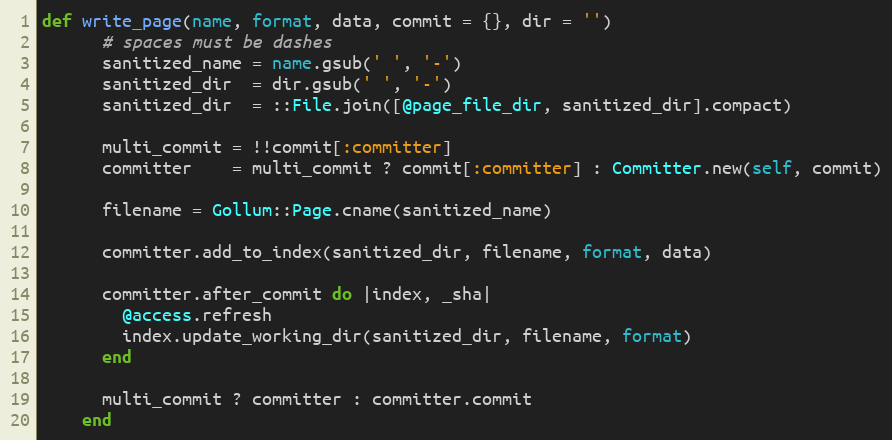
Language: Ruby
def write_page(name, format, data, commit = {}, dir = '')
      # spaces must be dashes
      sanitized_name = name.gsub(' ', '-')
      sanitized_dir  = dir.gsub(' ', '-')
      sanitized_dir  = ::File.join([@page_file_dir, sanitized_dir].compact)

      multi_commit = !!commit[:committer]
      committer    = multi_commit ? commit[:committer] : Committer.new(self, commit)

      filename = Gollum::Page.cname(sanitized_name)

      committer.add_to_index(sanitized_dir, filename, format, data)

      committer.after_commit do |index, _sha|
        @access.refresh
        index.update_working_dir(sanitized_dir, filename, format)
      end

      multi_commit ? committer : committer.commit
    end